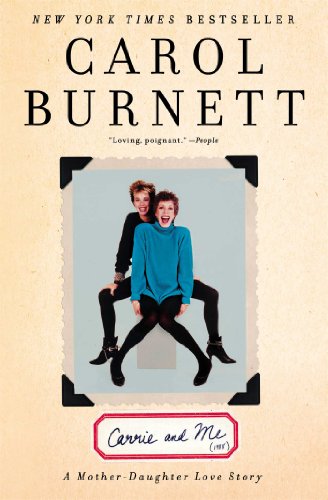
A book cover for Carrie and Me: A Mother-Daughter Love Story; Carol Burnett; Parenting & Relationships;